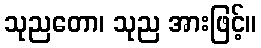
သုညတော၊ သုည အားဖြင့်။